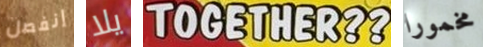
إنفصل يلا TOGETHER?? مخمورا